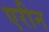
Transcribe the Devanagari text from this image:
एरीन